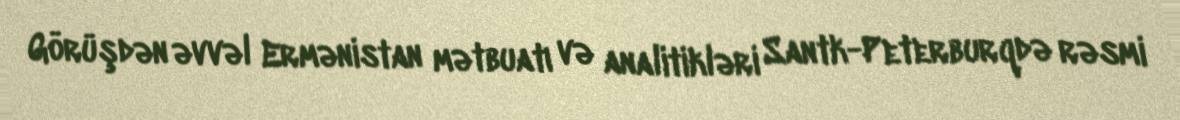
Görüşdən əvvəl Ermənistan mətbuatı və analitikləri Santk-Peterburqdə rəsmi